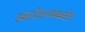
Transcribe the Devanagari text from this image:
आटोक्याबाहेर